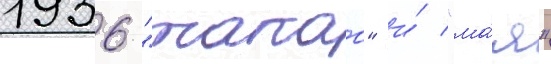
1936 "такао" и́ "ма́я"